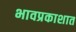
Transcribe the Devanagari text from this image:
भावप्रकाशात